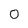
Character: 0